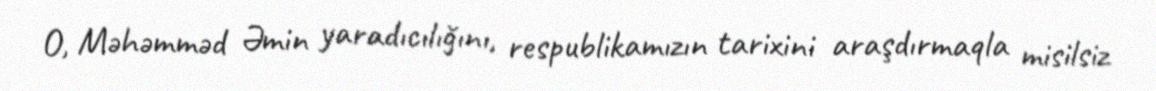
O, Məhəmməd Əmin yaradıcılığını, respublikamızın tarixini araşdırmaqla misilsiz